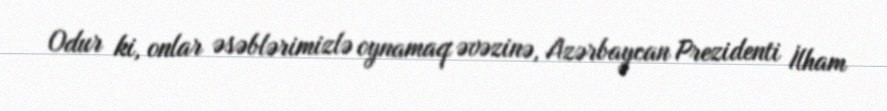
Odur ki, onlar əsəblərimizlə oynamaq əvəzinə, Azərbaycan Prezidenti İlham